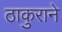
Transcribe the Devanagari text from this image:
ठाकुराने